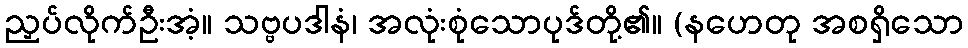
ညှပ်လိုက်ဦးအံ့။ သဗ္ဗပဒါနံ၊ အလုံးစုံသောပုဒ်တို့၏။ (နဟေတု အစရှိသော